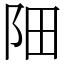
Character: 䧃